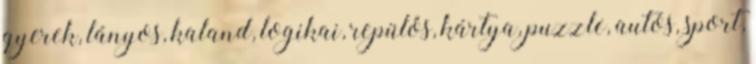
gyerek, lányos, kaland, logikai, repülős, kártya, puzzle, autós, sport,